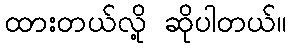
ထားတယ်လို့ ဆိုပါတယ်။